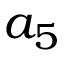
a _ { 5 }